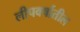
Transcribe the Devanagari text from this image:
लीपवर्षातील